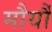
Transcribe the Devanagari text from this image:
मौर्यौं